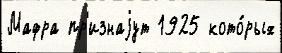
Мафра пр'изнаjут 1925 кото́рых